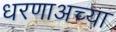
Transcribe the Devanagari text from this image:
धरणाअच्या